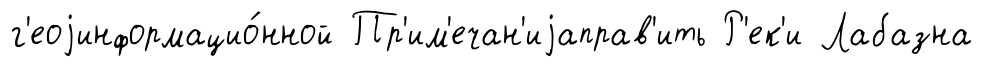
г'еоjинформацио́нной Пр'им'ечан'иjаправ'ить Р'ек'и Лабазна